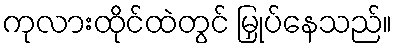
ကုလားထိုင်ထဲတွင် မြှုပ်နေသည်။